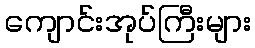
ကျောင်းအုပ်ကြီးများ